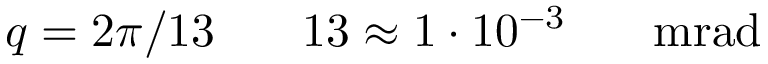
q = 2 \pi / 1 3 \ensuremath { \mathrm { ~ \textrm ~ { ~ \, ~ } ~ } } \ensuremath { \mathrm { 1 3 } } \approx 1 \cdot 1 0 ^ { - 3 } \ensuremath { \mathrm { ~ \textrm ~ { ~ \, ~ } ~ } } \ensuremath { \mathrm { m r a d } }